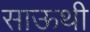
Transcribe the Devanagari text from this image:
साऊथी